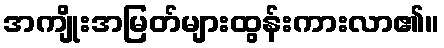
အကျိုးအမြတ်များထွန်းကားလာ၏။